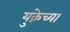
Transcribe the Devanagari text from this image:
युक्रेच्या